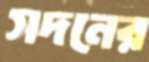
সদনের